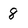
Character: 8